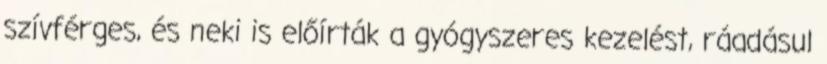
szívférges, és neki is előírták a gyógyszeres kezelést, ráadásul